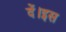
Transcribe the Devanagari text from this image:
दें।इस